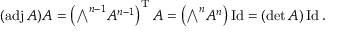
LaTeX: ( \operatorname { a d j } A ) A = \left( { \textstyle \bigwedge } ^ { n - 1 } A ^ { n - 1 } \right) ^ { \mathrm { T } } A = \left( { \textstyle \bigwedge } ^ { n } A ^ { n } \right) \operatorname { I d } = ( \operatorname* { d e t } A ) \operatorname { I d } .